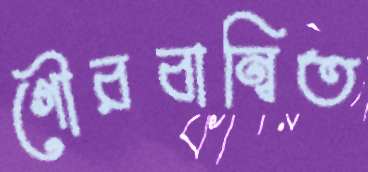
গৌরবান্বিত